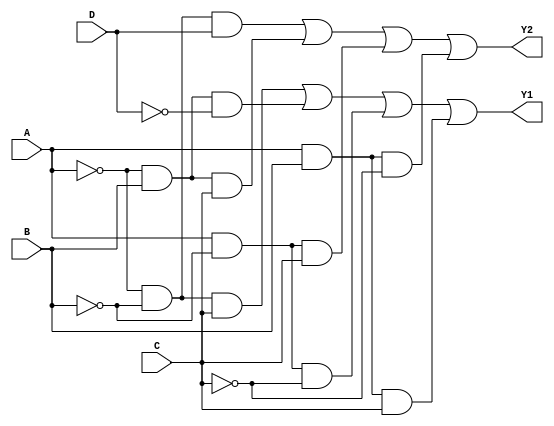
module combinational_logic_block (
    input wire A, // Input A
    input wire B, // Input B
    input wire C, // Input C
    input wire D, // Input D
    output wire Y1, // Output Y1
    output wire Y2  // Output Y2
);

// Intermediate signals for Y1 and Y2
wire A_not, B_not, C_not, D_not;
wire term1, term2, term3, term4; // Terms for Y1
wire term5, term6, term7, term8; // Terms for Y2

// Inverting inputs
not (A_not, A);
not (B_not, B);
not (C_not, C);
not (D_not, D);

// Logic for Y1
assign term1 = A_not & B_not & C; // A'B'C
assign term2 = A_not & B & D_not;  // A'BD'
assign term3 = A & B_not & C_not;  // AB'C'
assign term4 = A & B & C;          // ABC
assign Y1 = term1 | term2 | term3 | term4; // Y1 = A'B'C + A'BD' + AB'C' + ABC

// Logic for Y2
assign term5 = A_not & B_not & D; // A'B'D
assign term6 = A_not & B & C;     // A'BC
assign term7 = A & B_not & C;     // AB'C
assign term8 = A & B & C_not;     // ABC'
assign Y2 = term5 | term6 | term7 | term8; // Y2 = A'B'D + A'BC + AB'C + ABC'

endmodule